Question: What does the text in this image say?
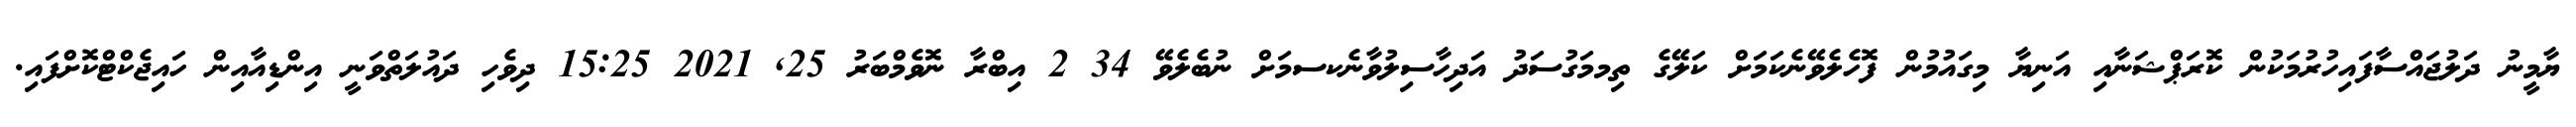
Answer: ޔާމީނު ދަލުޖައްސާފައިހުރުމަކުން ކޮރަޕްޝަނާއި އަނިޔާ މިގައުމުން ފޮހެލެވޭނެކަމަށް ކަލޭގެ ތިމމަގުސަދު އަދިހާސިލުވާނެކސމަށް ނުބެލެވޭ 34 2 އިބްރާ ނޮވެމްބަރު 25, 2021 15:25 ދިވެހި ދައުލަތްވަނީ އިންޑިއާއިން ހައިޖެކްޓްކޮށްފައި.